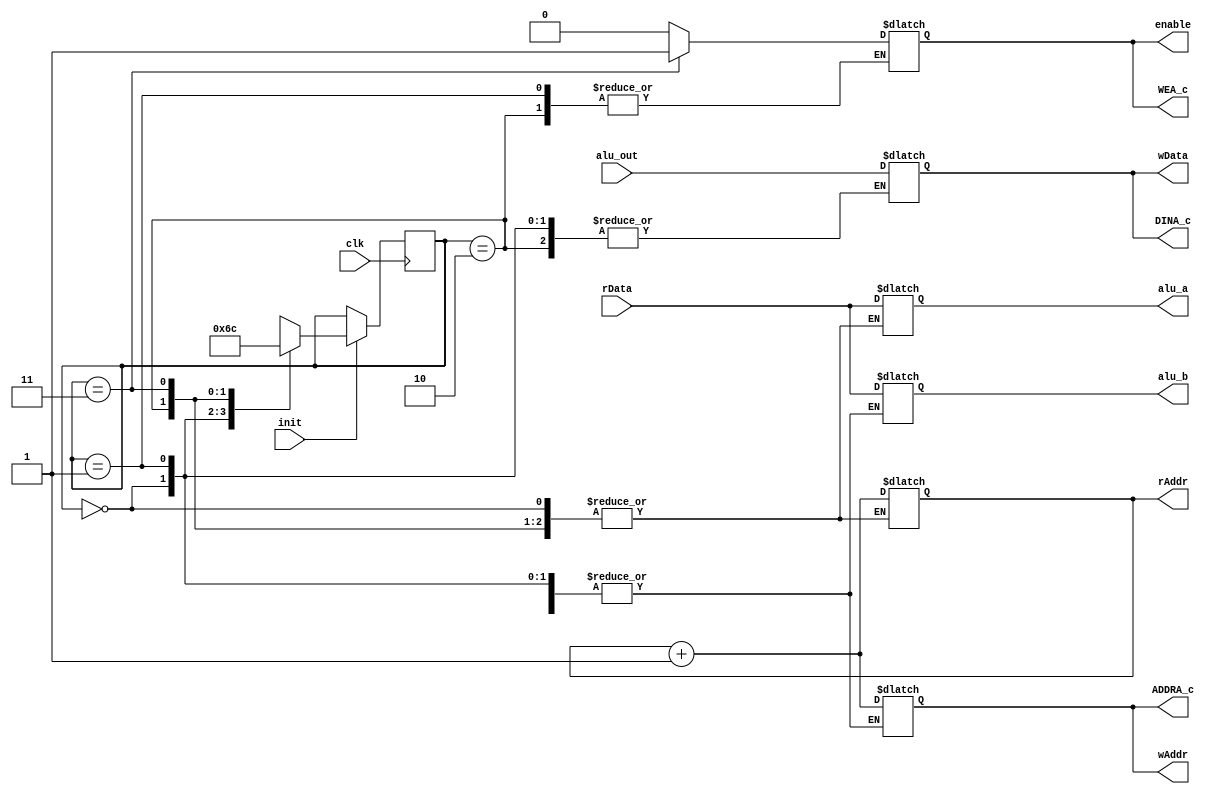
`timescale 1ns / 1ps
//////////////////////////////////////////////////////////////////////////////////
// Company: 
// Engineer: 
// 
// Design Name: 
// Module Name:    Control 
// Project Name: 
// Target Devices: 
// Tool versions: 
// Description: 
//
// Dependencies: 
//
// Revision: 
// Revision 0.01 - File Created
// Additional Comments: 
//
//////////////////////////////////////////////////////////////////////////////////
module Control(
	input clk,
	input init,
	input [31:0]rData,
	output reg [31:0]wData,
	output reg enable,
	output reg [5:0]rAddr,
	output reg [5:0]wAddr,
	
	output reg [5:0]ADDRA_c,
	output reg [31:0]DINA_c,
	output reg WEA_c,
	output reg [31:0]alu_a,
	output reg [31:0]alu_b,
	input wire [31:0]alu_out
	);
	
	localparam S1=2'b00;
	localparam S2=2'b01;
	localparam S3=2'b10;
	localparam S4=2'b11;
	
	
	
	
	
	
	reg [1:0]state=0;
	reg [1:0]next_state=0;
		
	initial
	begin
		enable=0;
		//WEA_c=0;
		rAddr=0;
		wAddr=0;
		//ADDRA_c=0;
		//alu_op=1;
	end
	
	always@(*)
	begin
		ADDRA_c=wAddr;
		WEA_c=enable;
		DINA_c=wData;
	end
	
	always@(posedge clk)
	begin
		if(init)
			state<=next_state;
	end 
	
	always@(state)
	begin
		case(state)
		S1:next_state=S2;
		S2:next_state=S3;
		S3:next_state=S4;
		S4:next_state=S1;
		default:next_state=S1;
		endcase
	end
	
	always@(state)
	begin
		case(state)
			S1:begin
				enable=0;
				//WEA_c=0;
				end
			S2:begin 
				alu_a=rData;
				rAddr=rAddr+1;
				end
			S3:begin 
				alu_b=rData;
				wAddr=rAddr+1;
				end
				
			S4:begin
				wData=alu_out;
				enable=1;
				end 
			default:;
		endcase
	end
endmodule